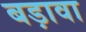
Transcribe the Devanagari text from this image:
बड़ावा